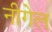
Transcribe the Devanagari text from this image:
नीगेल